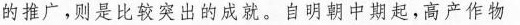
的推广，则是比较突出的成就。自明朝中期起，高产作物